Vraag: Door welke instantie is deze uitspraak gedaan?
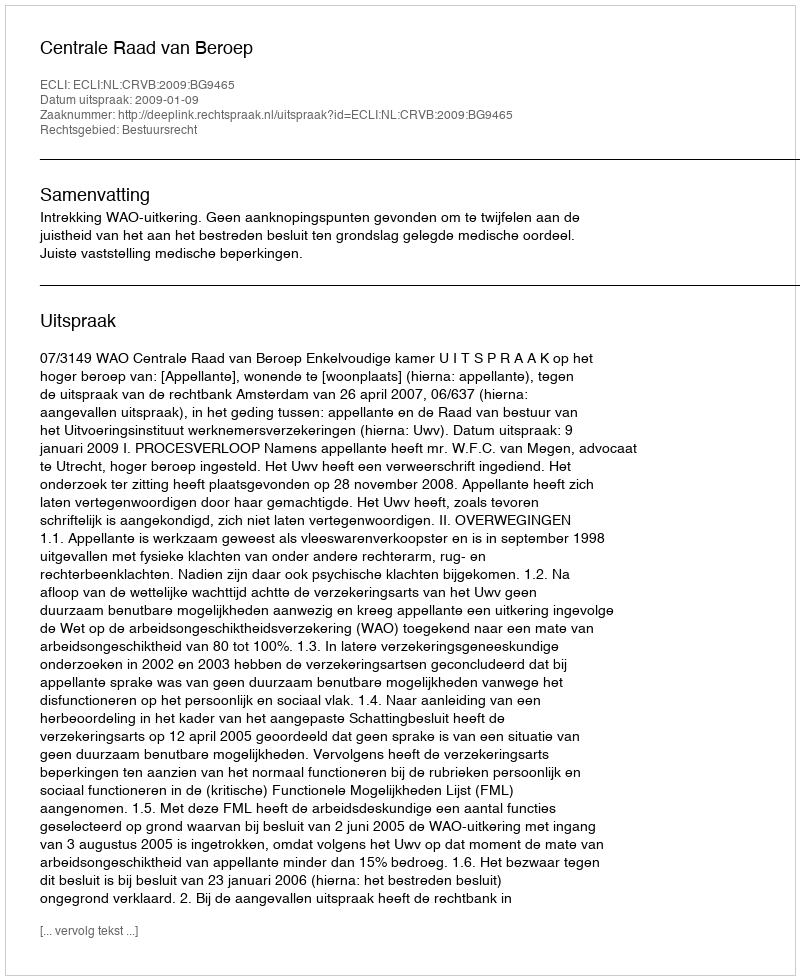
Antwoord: Centrale Raad van Beroep